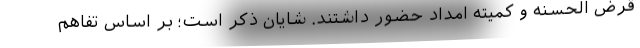
قرض الحسنه و کمیته امداد حضور داشتند. شایان ذکر است؛ بر اساس تفاهم